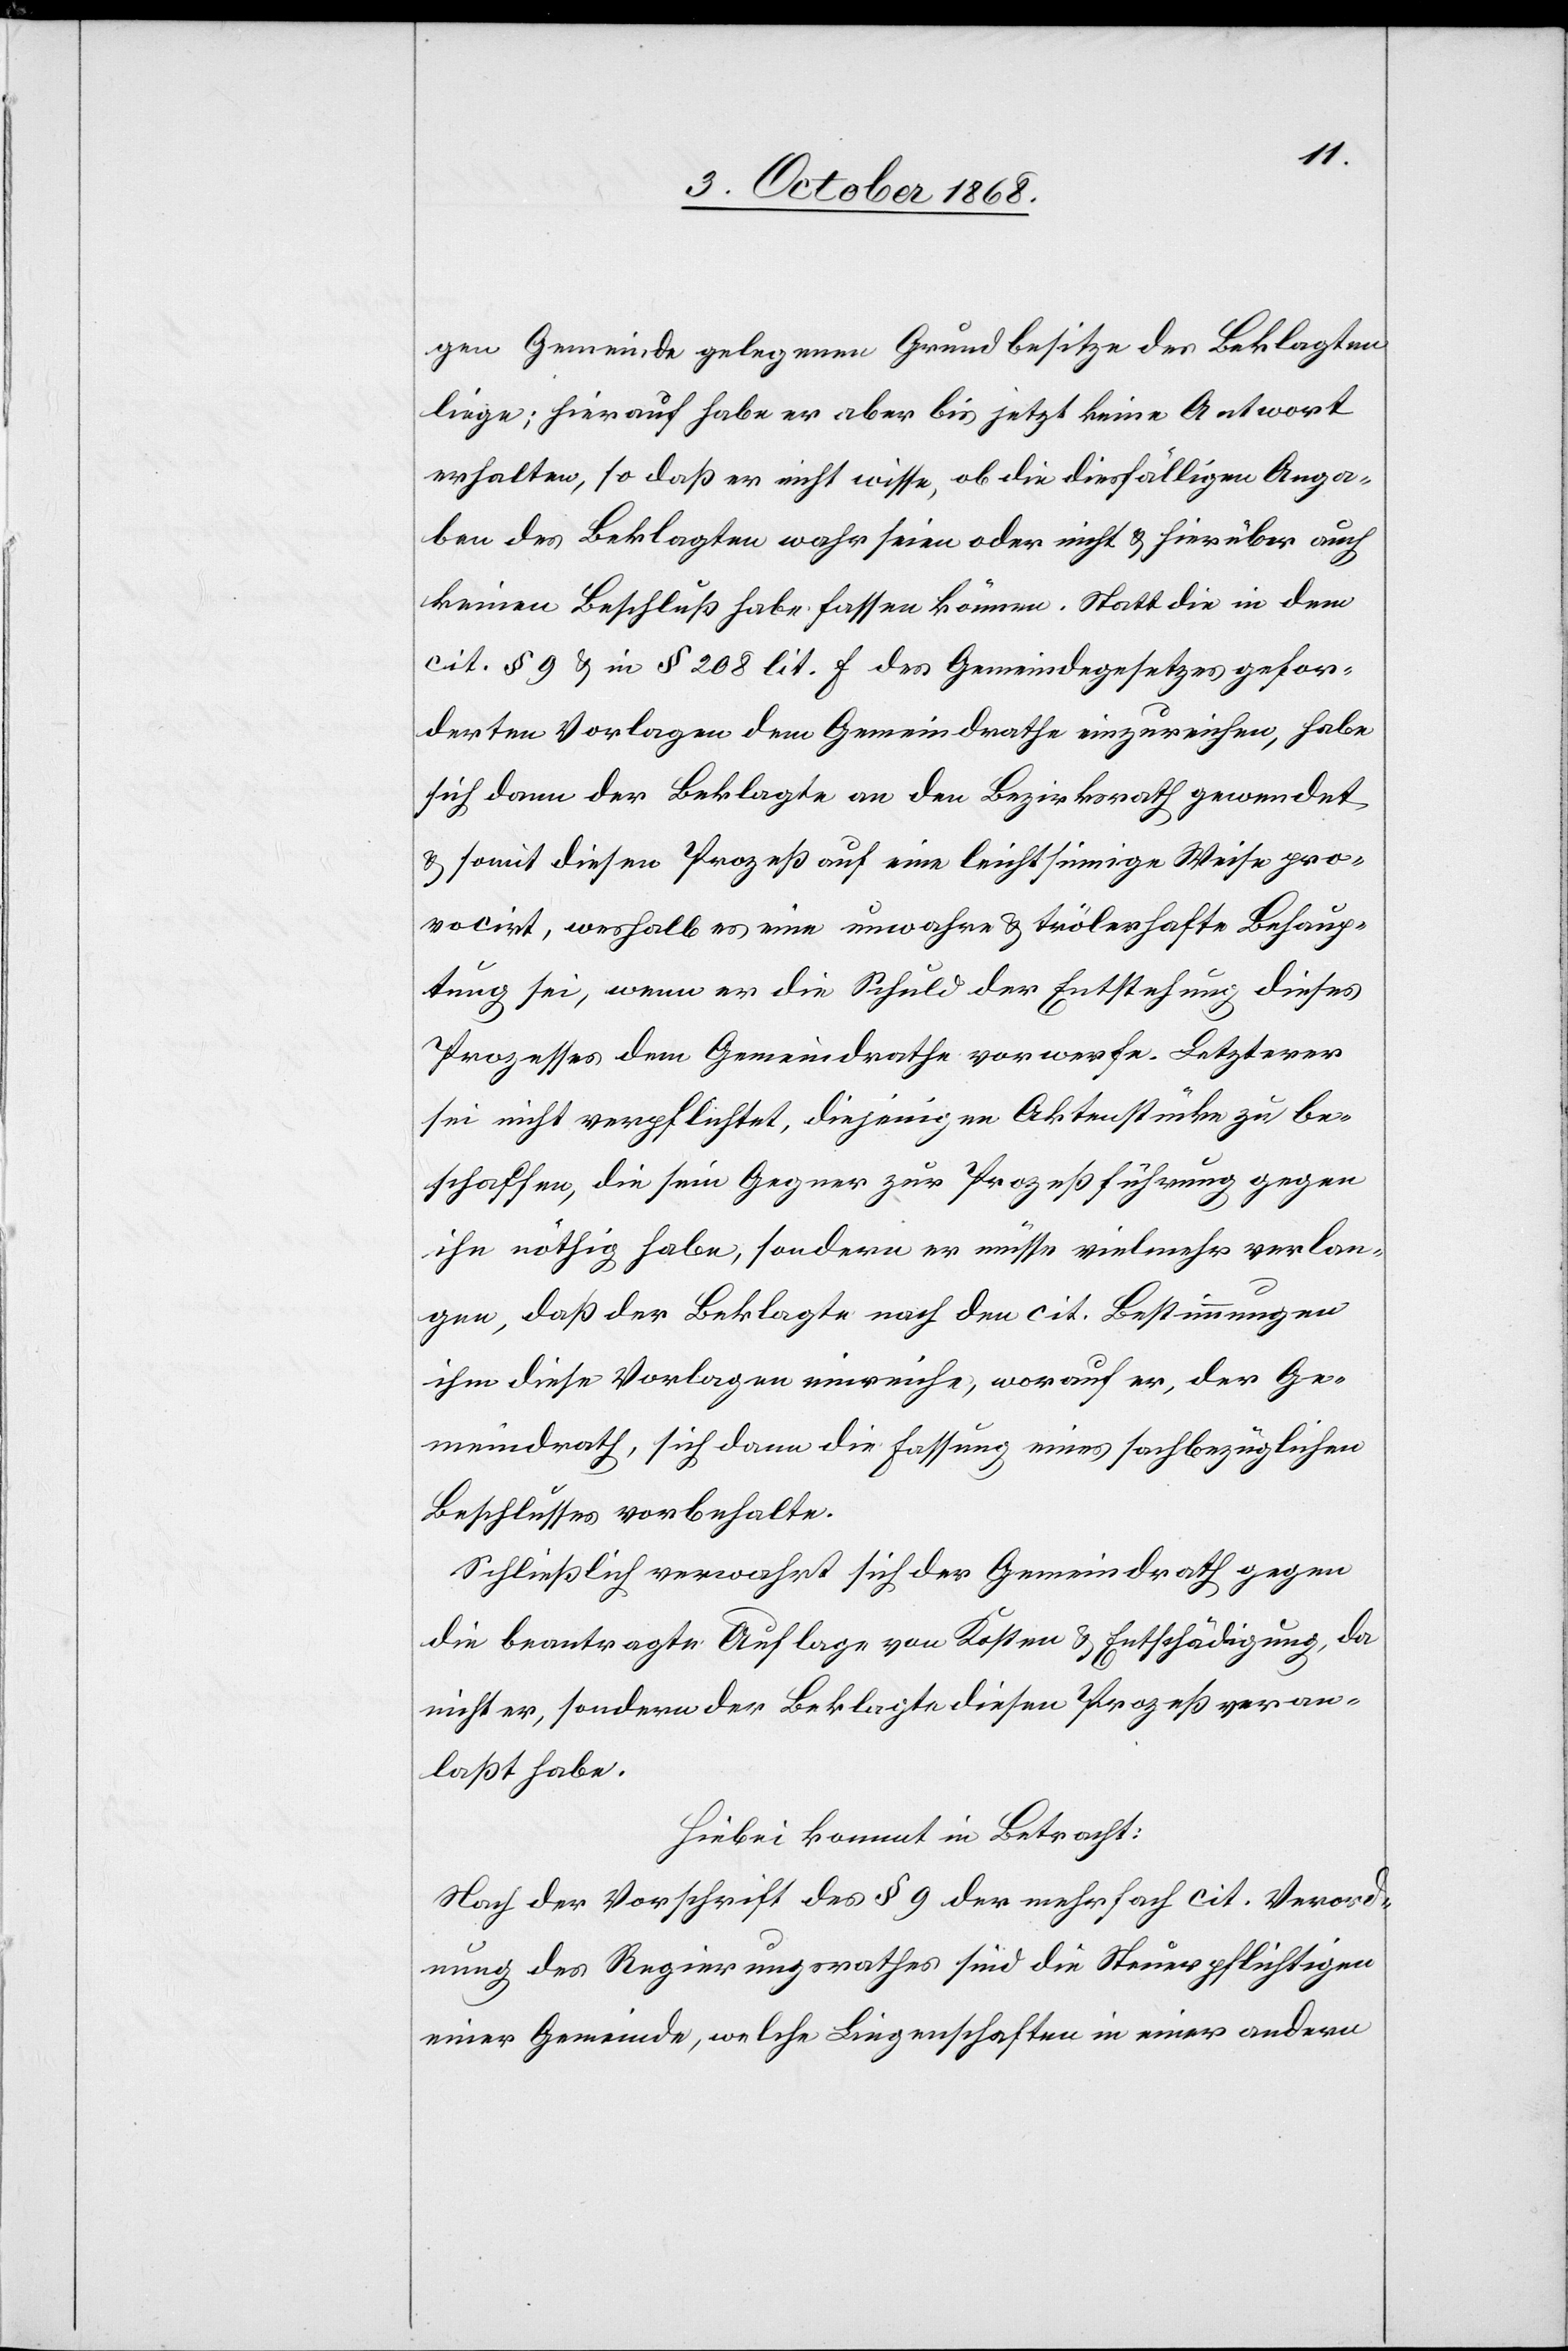
gen Gemeinde gelegenen Grundbesitze des Beklagten
liege; hierauf habe er aber bis jetzt keine Antwort
erhalten, so daß er nicht wisse, ob die diesfälligen Anga¬
ben des Beklagten wahr seien oder nicht & hierüber auch
keinen Beschluß habe fassen können. Statt die in dem
cit. § 9 & in § 208 lit. f des Gemeindegesetzes gefor¬
derten Vorlagen dem Gemeindrathe einzureichen, habe
sich dann der Beklagte an den Bezirksrath gewendet
& somit diesen Prozeß auf eine leichtsinnige Weise pro¬
vocirt, weshalb es eine unwahre & trölerhafte Behaup¬
tung sei, wenn er die Schuld der Entstehung dieses
Prozesses dem Gemeindrathe vorwerfe. Letzterer
sei nicht verpflichtet, diejenigen Aktenstücke zu be¬
schaffen, die sein Gegner zur Prozeßführung gegen
ihn nöthig habe, sondern er müsse vielmehr verlan¬
gen, daß der Beklagte nach den cit. Bestimmungen
ihm diese Vorlagen einreiche, worauf er, der Ge¬
meindrath, sich dann die Fassung eines sachbezüglichen
Beschlusses vorbehalte.
Schließlich verwahrt sich der Gemeindrath gegen
die beantragte Auflage von Kosten & Entschädigung, da
nicht er, sondern der Beklagte diesen Prozeß veran¬
laßt habe.
Hiebei kommt in Betracht:
Nach der Vorschrift des § 9 der mehrfach cit. Verord¬
nung des Regierungsrathes sind die Steuerpflichtigen
einer Gemeinde, welche Liegenschaften in einer andern